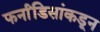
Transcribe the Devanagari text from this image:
फर्नांडिसांकडून